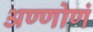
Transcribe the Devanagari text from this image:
अण्णोणं